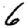
Digit: 6